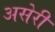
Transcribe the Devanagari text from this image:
असेरी